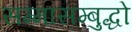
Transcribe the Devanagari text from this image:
सम्मासम्बुद्धो